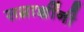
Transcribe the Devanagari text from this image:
सम्राज्ञींनी